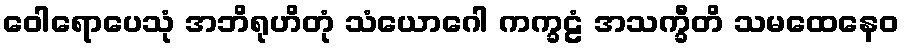
ဝေါရောပေသုံ အဘိရုဟိတုံ သံယောဂေါ ကက္ခဠံ အသက္ခီတိ သမထေနေဝ